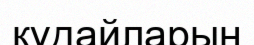
құдайларын